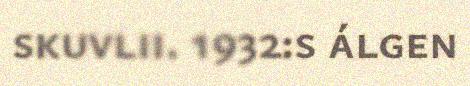
skuvlii. 1932:s álgen